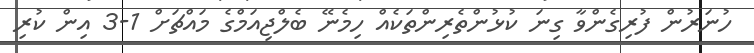
ހުނަރުން ފުރިގެންވާ ގިނަ ކުޅުންތެރިންތަކެއް ހިމެނޭ ބެލްޖިއަމްގެ މައްޗަށް 1-3 އިން ކުރި